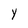
Character: Y